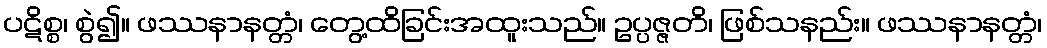
ပဋိစ္စ၊ စွဲ၍။ ဖဿနာနတ္တံ၊ တွေ့ထိခြင်းအထူးသည်။ ဥပ္ပဇ္ဇတိ၊ ဖြစ်သနည်း။ ဖဿနာနတ္တံ၊